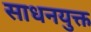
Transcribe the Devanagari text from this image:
साधनयुक्त